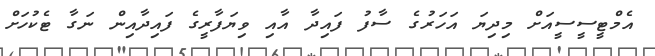
އެމްޓީސީސީއަށް މިދިޔަ އަހަރުގެ ސާފު ފައިދާ އާއި ވިޔަފާރީގެ ފައިދާއިން ނަގާ ޓެކުހަށް